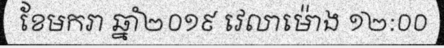
ខែមករា ឆ្នាំ២០១៩ វេលាម៉ោង ១២:០០